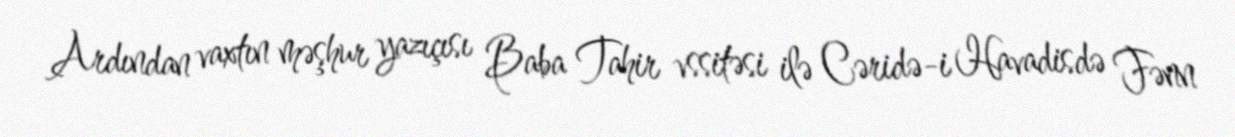
Ardından vaxtın məşhur yazıçısı Baba Tahir vssitəsi ilə Cəridə-i Havadisdə Fənn